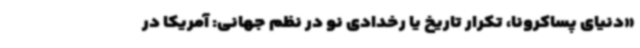
«دنیای پساکرونا، تکرار تاریخ یا رخدادی نو در نظم جهانی: آمریکا در